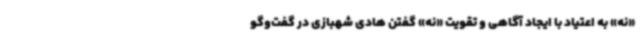
«نه» به اعتیاد با ایجاد آگاهی و تقویت «نه» گفتن هادی شهبازی در گفت‌وگو